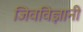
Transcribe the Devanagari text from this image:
जिवविज्ञानी